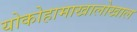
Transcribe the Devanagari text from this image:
योकोहामाखालोखाल